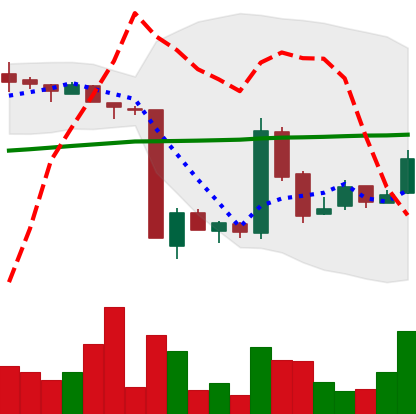
Ticker: LTC-USD
Chart end date: 2016-01-27
Forward return: -6.394%
Label: down_5_7